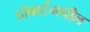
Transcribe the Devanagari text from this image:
होबार्टमधील